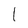
Character: 1